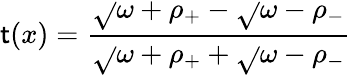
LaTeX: \mathsf{t}(x)={\frac{{\sqrt{}{{\omega+\rho_{+}}}-\sqrt{}{{\omega-\rho_{-}}}}}{{\sqrt{}{{\omega+\rho_{+}}}+\sqrt{}{{\omega-\rho_{-}}}}}}